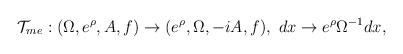
LaTeX: \begin{align*}{\cal T}_{me}:(\Omega , e^{\rho} , A, f ) \rightarrow (e^{\rho} , \Omega, -iA, f ),~ dx \rightarrow e^{\rho}\Omega^{-1} dx , \end{align*}